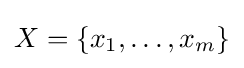
X=\{x_{1},\ldots ,x_{m}\}